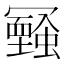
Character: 𠖧